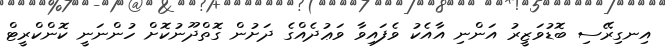
އިނގިރޭސި ބޮޑުވަޒީރު އަންނި އާއެކު ވެފައިވާ ވަޢުދެއްގެ ދަށުން ގޮތްދޫނުކޮށް ހުންނަނީ ކޮންކްރީޓް